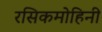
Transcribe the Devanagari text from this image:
रसिकमोहिनी